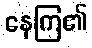
နေကြ၏